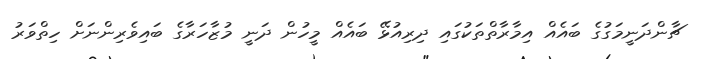
ޗާންދަނީމަގުގެ ބައެއް އިމާރާތްތަކުގައި ދިރިއުޅޭ ބައެއް މީހުން ދަނީ މުޒާހަރާގެ ބައިވެރިންނަށް ހިތްވަރު